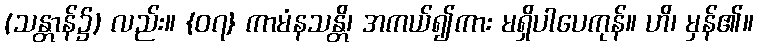
(သန္တာန်၌) လည်း။ {၀၇} ကာမံနသန္တိ၊ အကယ်၍ကား မရှိပါပေကုန်။ ဟိ၊ မှန်၏။